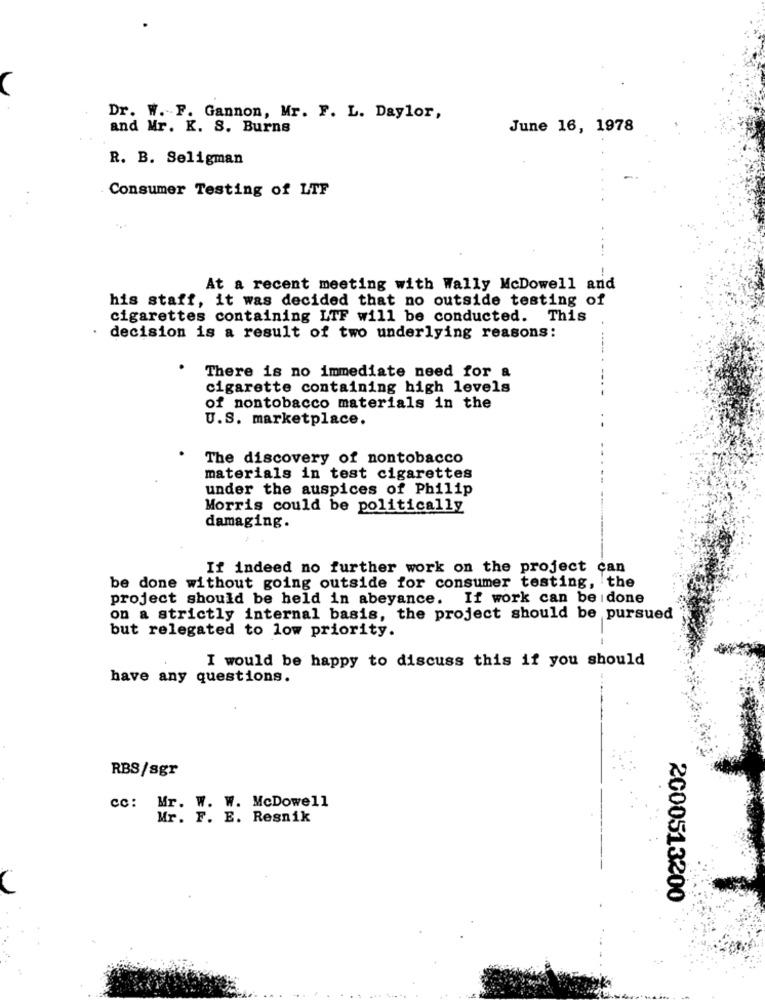
Dr. W. F. Gannon, Mr. F. L. Daylor,
and Mr. K. S. Burns
June 16, 1978
R. B. Seligman
Consumer Testing of LTF
At a recent meeting with Wally McDowell and
his staff, it was decided that no outside testing of
cigarettes containing LTF will be conducted. This
· decision is a result of two underlying reasons:
There is no immediate need for a
cigarette containing high levels
of nontobacco materials in the
U.S. marketplace.
The discovery of nontobacco
materials in test cigarettes
under the auspices of Philip
Morris could be politically
damaging.
If indeed no further work on the project can
be done without going outside for consumer testing, the
project should be held in abeyance. If work can beidone
on a strictly internal basis, the project should be pursued
but relegated to low priority.
I would be happy to discuss this if you should
have any questions.
RBS/sgr
cc: Mr. W. W. McDowell
Mr. F. E. Resnik
2000513200